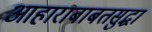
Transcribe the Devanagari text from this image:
आहाराबाबतसुद्धा